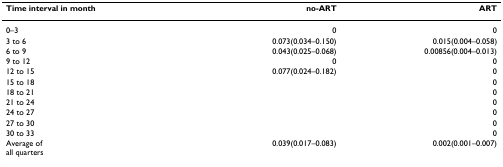
| Time interval in month | no-ART | ART |
 | --- | --- | --- |
 | 0–3 | 0 | 0 |
 | 3 to 6 | 0.073(0.034–0.150) | 0.015(0.004–0.058) |
 | 6 to 9 | 0.043(0.025–0.068) | 0.00856(0.004–0.013) |
 | 9 to 12 | 0 | 0 |
 | 12 to 15 | 0.077(0.024–0.182) | 0 |
 | 15 to 18 |  | 0 |
 | 18 to 21 |  | 0 |
 | 21 to 24 |  | 0 |
 | 24 to 27 |  | 0 |
 | 27 to 30 |  | 0 |
 | 30 to 33 |  | 0 |
 | Average ofall quarters | 0.039(0.017–0.083) | 0.002(0.001–0.007) |